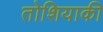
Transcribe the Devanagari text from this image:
तोशियाकी